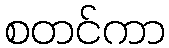
စတင်ကာ